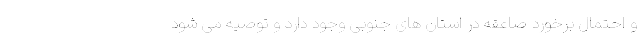
و احتمال برخورد صاعقه در استان های جنوبی وجود دارد و توصیه می شود